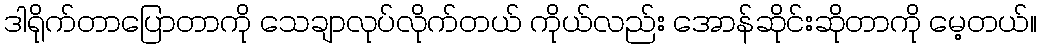
ဒါရိုက်တာပြောတာကို သေချာလုပ်လိုက်တယ် ကိုယ်လည်း အောန်ဆိုင်းဆိုတာကို မေ့တယ်။